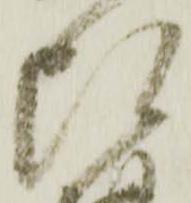
頭